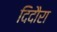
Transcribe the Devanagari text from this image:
दिदौरा